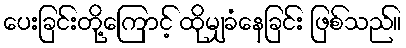
ပေးခြင်းတို့ကြောင့် ထိုမျှခံနေခြင်း ဖြစ်သည်။